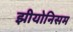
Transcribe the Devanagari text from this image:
झीयोनिसम